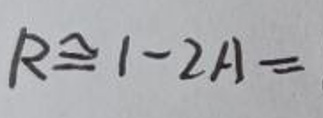
\[
R\cong1 - 2A=
\]